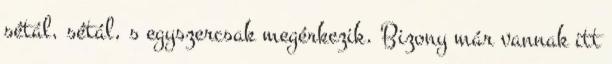
sétál, sétál, s egyszercsak megérkezik. Bizony már vannak itt